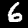
Digit: 6